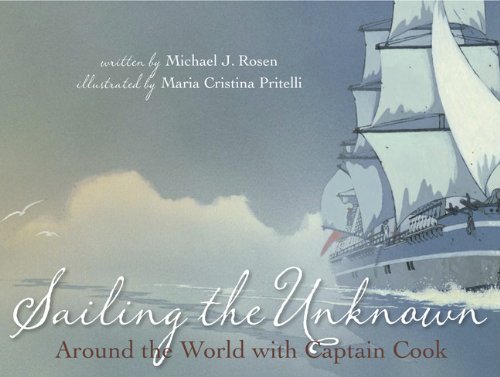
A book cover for Sailing the Unknown; Michael J. Rosen; Children's Books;